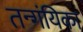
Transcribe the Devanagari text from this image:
तन्गंयिका